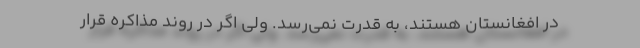
در افغانستان هستند، به قدرت نمی‌رسد. ولی اگر در روند مذاکره قرار